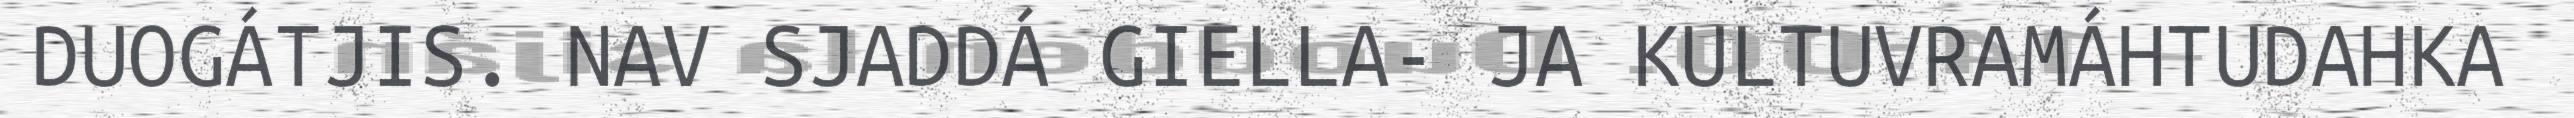
DUOGÁTJIS. NAV SJADDÁ GIELLA- JA KULTUVRAMÁHTUDAHKA